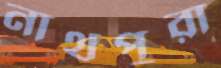
নাথপুরা